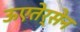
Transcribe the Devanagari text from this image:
ऊएतेर्सेन